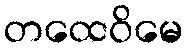
တထေဝိမေ